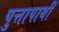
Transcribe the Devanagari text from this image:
पुत्तापार्थी